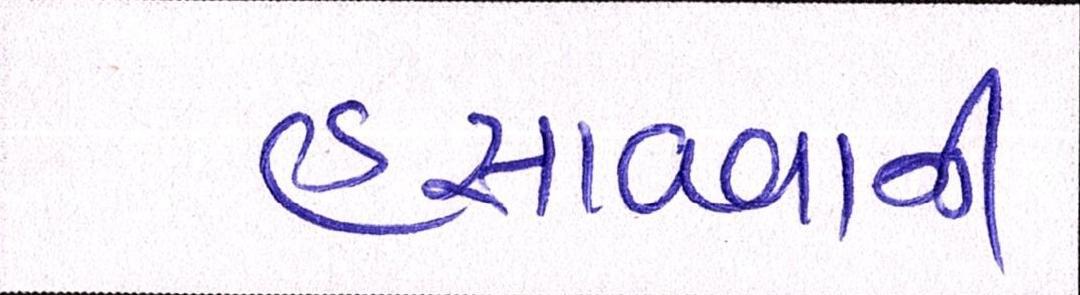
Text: હસાવવાની